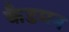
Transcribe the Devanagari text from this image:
कैडमन